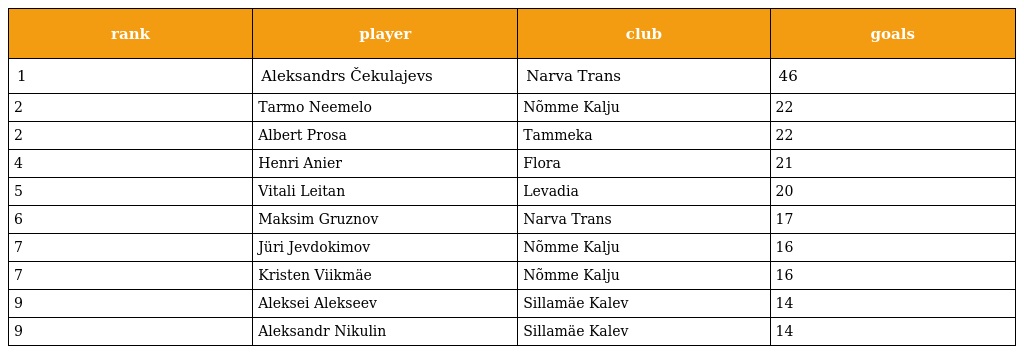
| rank | player | club | goals |
 | --- | --- | --- | --- |
 | 1 | Aleksandrs Čekulajevs | Narva Trans | 46 |
 | 2 | Tarmo Neemelo | Nõmme Kalju | 22 |
 | 2 | Albert Prosa | Tammeka | 22 |
 | 4 | Henri Anier | Flora | 21 |
 | 5 | Vitali Leitan | Levadia | 20 |
 | 6 | Maksim Gruznov | Narva Trans | 17 |
 | 7 | Jüri Jevdokimov | Nõmme Kalju | 16 |
 | 7 | Kristen Viikmäe | Nõmme Kalju | 16 |
 | 9 | Aleksei Alekseev | Sillamäe Kalev | 14 |
 | 9 | Aleksandr Nikulin | Sillamäe Kalev | 14 |